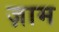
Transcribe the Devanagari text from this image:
ज़ाम